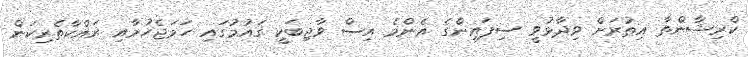
ކްރިޝާންތާ އިތުރަށް ވިދާޅުވީ ސިފައިންގެ އެންމެ އިސް ވާޖިބަކީ ގައުމުގައި ހަމަޖެހުމާއި ރައްކާތެރިކަން